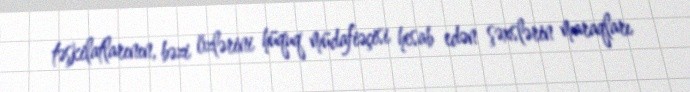
təşkilatlarının, bəzi özlərini hüquq müdafiəçisi hesab edən şəxslərin maraqları